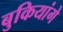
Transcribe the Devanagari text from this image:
बुकियांगे